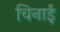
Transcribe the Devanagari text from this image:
चिनाईं